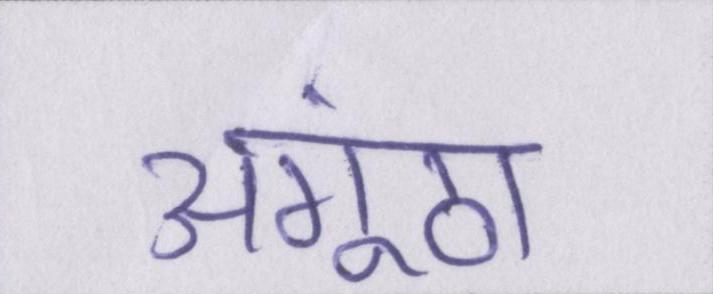
अंगूठा